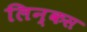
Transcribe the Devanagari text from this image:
लिन्कस